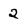
Character: 2